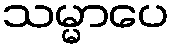
သမ္မာပေ